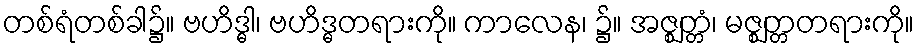
တစ်ရံတစ်ခါ၌။ ဗဟိဒ္ဓါ၊ ဗဟိဒ္ဓတရားကို။ ကာလေန၊ ၌။ အဇ္ဈတ္တံ၊ မဇ္ဈတ္တတရားကို။